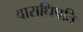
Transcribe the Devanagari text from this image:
वाराधिपति